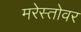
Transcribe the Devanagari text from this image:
मरेस्तोवर